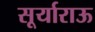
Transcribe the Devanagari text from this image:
सूर्याराऊ